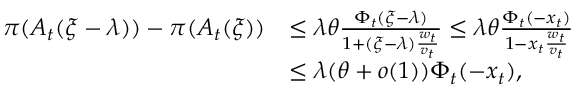
\begin{array} { r l } { \pi ( A _ { t } ( \xi - \lambda ) ) - \pi ( A _ { t } ( \xi ) ) } & { \leq \lambda \theta \frac { \Phi _ { t } ( \xi - \lambda ) } { 1 + ( \xi - \lambda ) \frac { w _ { t } } { v _ { t } } } \leq \lambda \theta \frac { \Phi _ { t } ( - x _ { t } ) } { 1 - x _ { t } \frac { w _ { t } } { v _ { t } } } } \\ & { \leq \lambda ( \theta + o ( 1 ) ) \Phi _ { t } ( - x _ { t } ) , } \end{array}